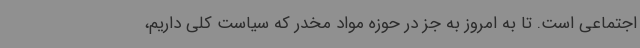
اجتماعی است. تا به امروز به جز در حوزه مواد مخدر که سیاست کلی داریم،